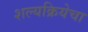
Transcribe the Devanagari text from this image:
शल्यक्रियेचा